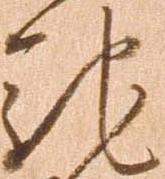
馳